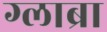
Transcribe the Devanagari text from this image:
ग्लाब्रा